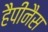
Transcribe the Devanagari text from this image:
हैपीनैस